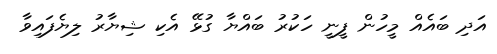
އަދި ބައެއް މީހުން ފީނީ ހަކުރު ބައްޔާ ގުޅޭ އެކި ޝިޔާރު ލިޔެފައިވާ